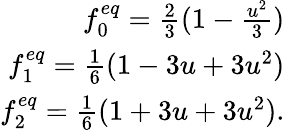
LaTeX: \begin{array}{r}{f_{0}^{eq}=\frac{2}{3}(1-\frac{u^{2}}{3})}\\ {f_{1}^{eq}=\frac{1}{6}(1-3u+3u^{2})}\\ {f_{2}^{eq}=\frac{1}{6}(1+3u+3u^{2}).}\end{array}